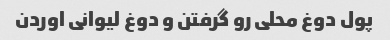
پول دوغ محلی رو گرفتن و دوغ لیوانی اوردن